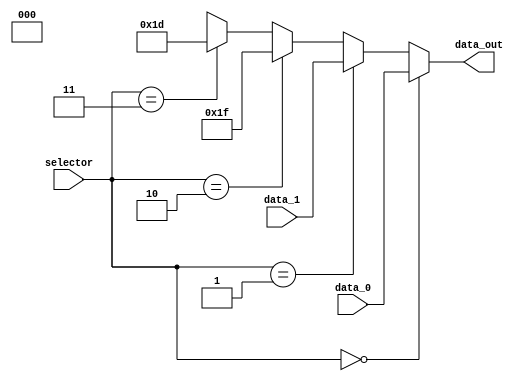
module Mux_WR (  
    input wire [1:0] selector,
    input wire [4:0] data_0, data_1,
    output wire [4:0] data_out
);
    assign data_out = (selector == 2'b00) ? data_0 :
                      (selector == 2'b01) ? data_1 :
                      (selector == 2'b10) ? 5'd31 :
                      (selector == 2'b11) ? 5'd29 :
                      2'bxx;
endmodule